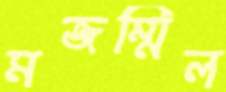
মজম্মিল